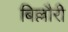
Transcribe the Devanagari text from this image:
बिल्लौरी